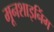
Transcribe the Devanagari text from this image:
मूनशाइनिंग